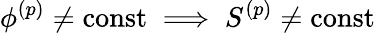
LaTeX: \phi^{(p)}\neq\mathrm{{const}}\implies S^{(p)}\neq\mathrm{{const}}